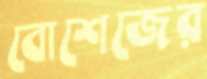
বোশেজের